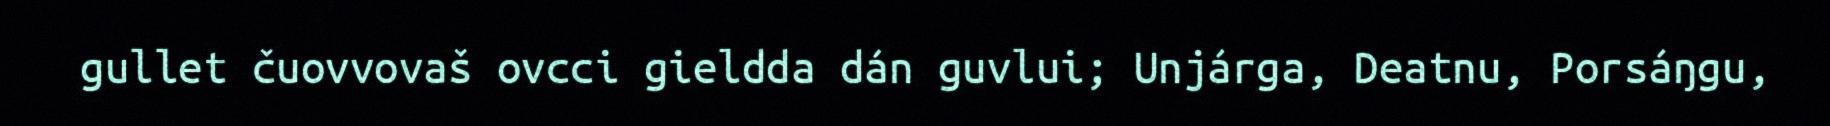
gullet čuovvovaš ovcci gieldda dán guvlui; Unjárga, Deatnu, Porsáŋgu,